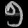
Digit: ၅